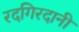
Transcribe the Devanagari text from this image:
रदगिरदानी